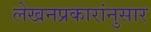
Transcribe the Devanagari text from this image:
लेखनप्रकारांनुसार